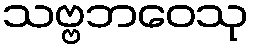
သဗ္ဗဘဝေသု